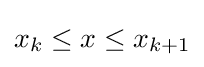
x_{k}\leq x\leq x_{k+1}